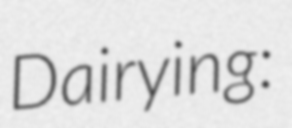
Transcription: Dairying: